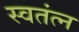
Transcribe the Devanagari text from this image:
स्वतंत्न